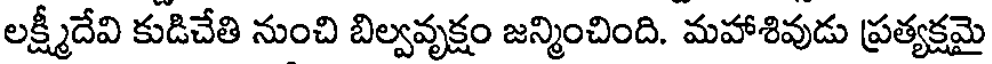
లక్ష్మీదేవి కుడిచేతి నుంచి బిల్వవృక్షం జన్మించింది. మహాశివుడు ప్రత్యక్షమై